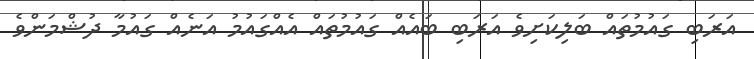
އަރަބި ގައުމުތައް ބަލިކަށިވެ އަރަބި ބައެއް ގައުމުތައް އެއްގައުމު އަނެއް ގައުމާ ދުޝްމަންވެ